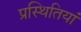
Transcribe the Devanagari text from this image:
प्रस्थितियां